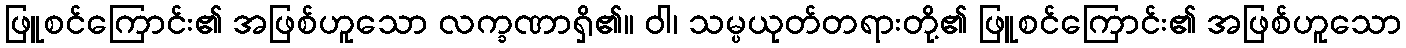
ဖြူစင်ကြောင်း၏ အဖြစ်ဟူသော လက္ခဏာရှိ၏။ ဝါ၊ သမ္ပယုတ်တရားတို့၏ ဖြူစင်ကြောင်း၏ အဖြစ်ဟူသော